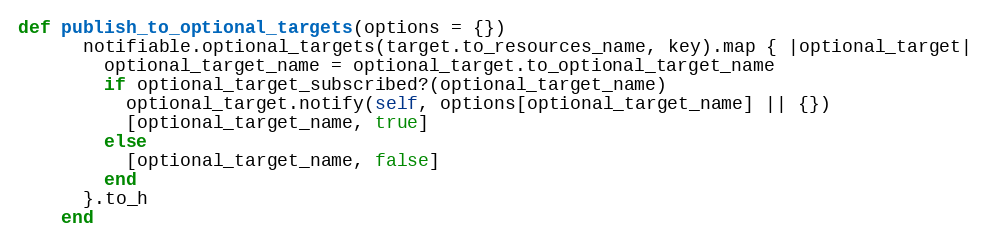
Language: Ruby
def publish_to_optional_targets(options = {})
      notifiable.optional_targets(target.to_resources_name, key).map { |optional_target|
        optional_target_name = optional_target.to_optional_target_name
        if optional_target_subscribed?(optional_target_name)
          optional_target.notify(self, options[optional_target_name] || {})
          [optional_target_name, true]
        else
          [optional_target_name, false]
        end
      }.to_h
    end